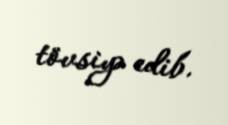
tövsiyə edib.